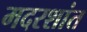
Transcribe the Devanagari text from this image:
मदरशांत